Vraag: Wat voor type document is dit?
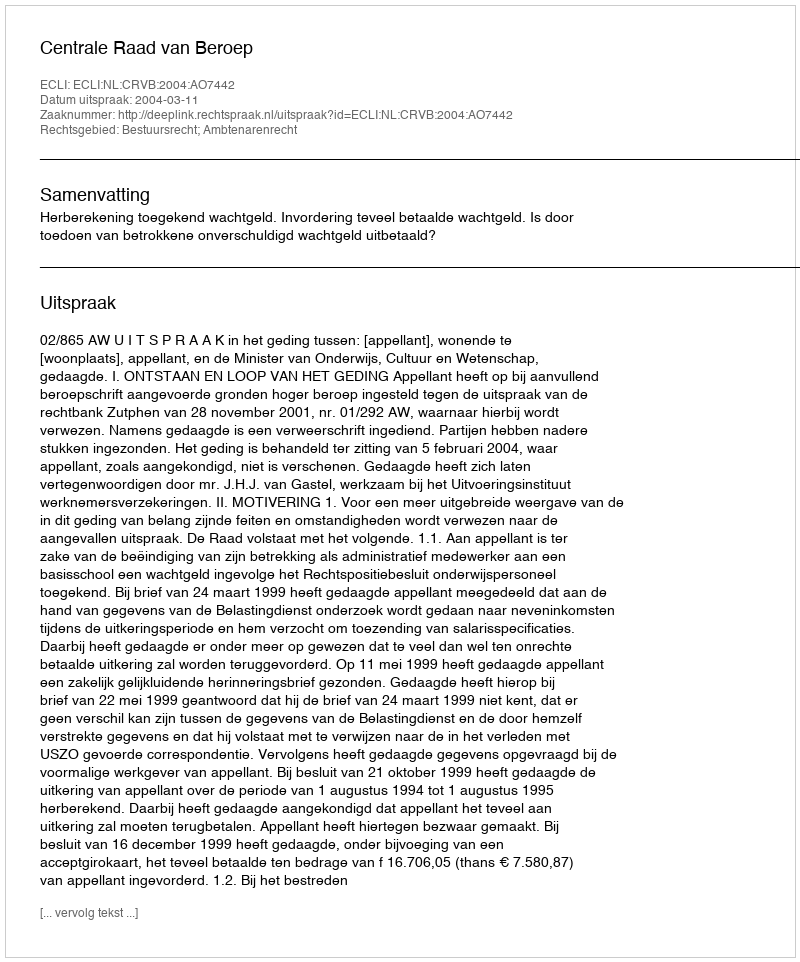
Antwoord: Uitspraak